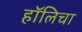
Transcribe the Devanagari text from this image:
हॉलिचा